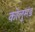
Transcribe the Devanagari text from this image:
कोलुमंड